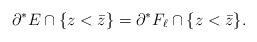
LaTeX: \begin{align*} \partial^{*} E \cap \{z < \bar{z}\} = \partial^{*} F_{\ell} \cap \{z < \bar{z}\}.\end{align*}